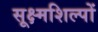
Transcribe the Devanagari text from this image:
सूक्ष्मशिल्पों